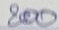
200